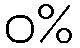
ဝ%